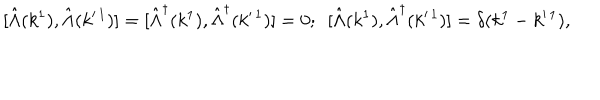
\mathrm { [ } \hat { \Lambda } ( k ^ { 1 } ) , \hat { \Lambda } ( k ^ { \prime \, 1 } ) ] = [ \hat { \Lambda } ^ { \dagger } ( k ^ { 1 } ) , \hat { \Lambda } ^ { \dagger } ( k ^ { \prime \, 1 } ) ] = 0 ; \, \, \, [ \hat { \Lambda } ( k ^ { 1 } ) , \hat { \Lambda } ^ { \dagger } ( k ^ { \prime \, 1 } ) ] = \delta ( k ^ { 1 } - k ^ { \prime \, 1 } ) ,